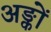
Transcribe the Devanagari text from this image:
अङ्कों